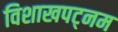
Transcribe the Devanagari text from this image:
विशाखपट्‌नम